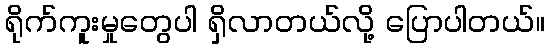
ရိုက်ကူးမှုတွေပါ ရှိလာတယ်လို့ ပြောပါတယ်။